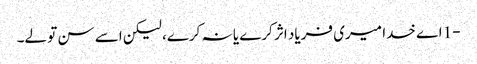
-1 اے خدا میری فریاد اثر کرے یا نہ کرے، لیکن اسے سن تو لے۔